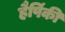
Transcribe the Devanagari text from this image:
हैपिंकी